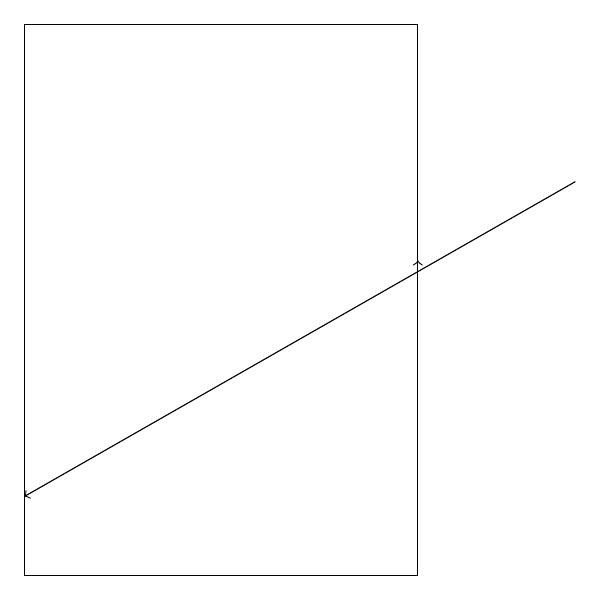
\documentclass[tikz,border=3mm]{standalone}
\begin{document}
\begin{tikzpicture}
\draw[->] (7,16) -- (0,12);
\draw[->] (5,14) -- (5,15);
\draw (5,18) rectangle (0,11);
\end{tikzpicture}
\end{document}